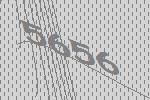
5656